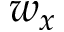
w _ { x }